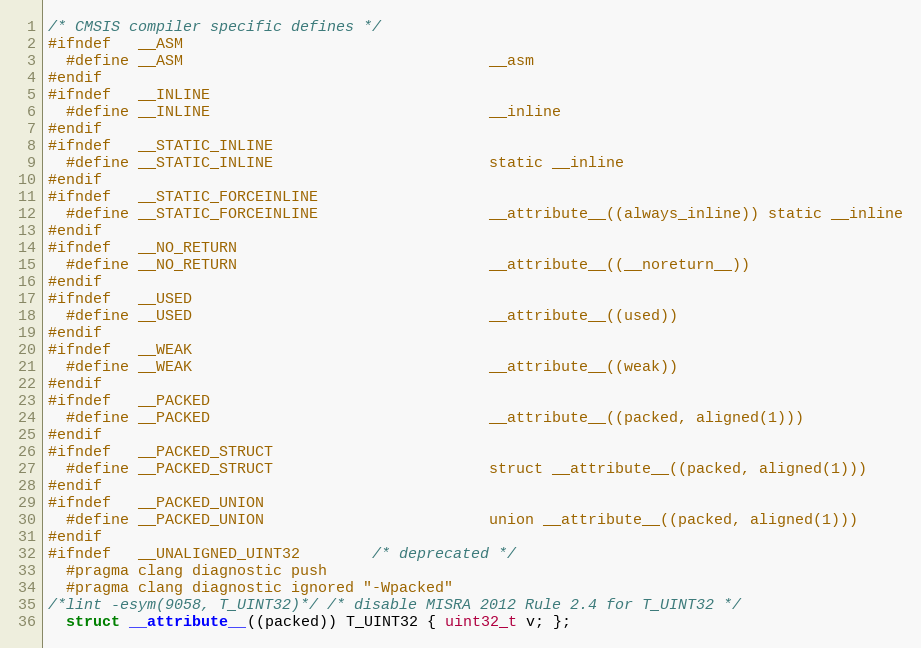
Language: C
/* CMSIS compiler specific defines */
#ifndef   __ASM
  #define __ASM                                  __asm
#endif
#ifndef   __INLINE
  #define __INLINE                               __inline
#endif
#ifndef   __STATIC_INLINE
  #define __STATIC_INLINE                        static __inline
#endif
#ifndef   __STATIC_FORCEINLINE
  #define __STATIC_FORCEINLINE                   __attribute__((always_inline)) static __inline
#endif
#ifndef   __NO_RETURN
  #define __NO_RETURN                            __attribute__((__noreturn__))
#endif
#ifndef   __USED
  #define __USED                                 __attribute__((used))
#endif
#ifndef   __WEAK
  #define __WEAK                                 __attribute__((weak))
#endif
#ifndef   __PACKED
  #define __PACKED                               __attribute__((packed, aligned(1)))
#endif
#ifndef   __PACKED_STRUCT
  #define __PACKED_STRUCT                        struct __attribute__((packed, aligned(1)))
#endif
#ifndef   __PACKED_UNION
  #define __PACKED_UNION                         union __attribute__((packed, aligned(1)))
#endif
#ifndef   __UNALIGNED_UINT32        /* deprecated */
  #pragma clang diagnostic push
  #pragma clang diagnostic ignored "-Wpacked"
/*lint -esym(9058, T_UINT32)*/ /* disable MISRA 2012 Rule 2.4 for T_UINT32 */
  struct __attribute__((packed)) T_UINT32 { uint32_t v; };